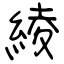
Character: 綾